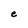
Character: e